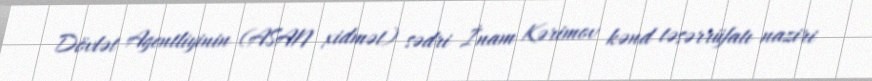
Dövlət Agentliyinin (ASAN xidmət) sədri İnam Kərimov kənd təsərrüfatı naziri